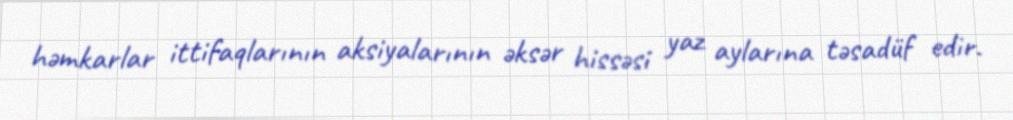
həmkarlar ittifaqlarının aksiyalarının əksər hissəsi yaz aylarına təsadüf edir.